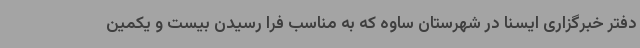
دفتر خبرگزاری ایسنا در شهرستان ساوه که به مناسب فرا رسیدن بیست و یکمین